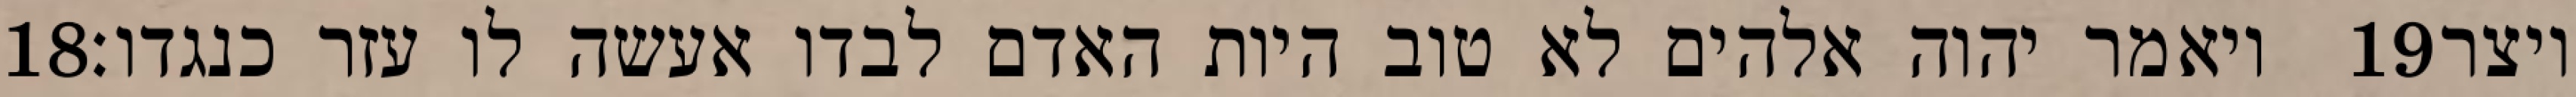
‎18‏ ויאמר יהוה אלהים לא טוב היות האדם לבדו אעשה לו עזר כנגדו׃ ‎19‏ ויצר